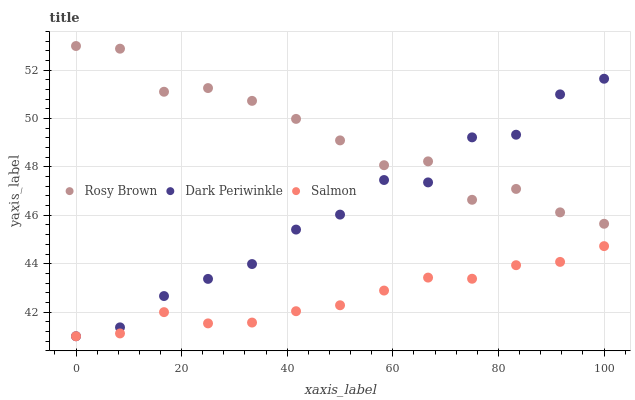
| xaxis_label | Rosy Brown | Dark Periwinkle | Salmon |
 | --- | --- | --- | --- |
 | 0 | 53 | 41 | 41 |
 | 8.33 | 52.9 | 41.4 | 41.1 |
 | 16.7 | 51.1 | 42.7 | 42 |
 | 25 | 51.3 | 43.4 | 41.5 |
 | 33.3 | 50.7 | 44 | 41.6 |
 | 41.7 | 50 | 45.4 | 42 |
 | 50 | 49.1 | 46 | 42.3 |
 | 58.3 | 48.1 | 47.5 | 42.9 |
 | 66.7 | 48.2 | 47.4 | 43.4 |
 | 75 | 46.6 | 49.2 | 43.4 |
 | 83.3 | 47.1 | 49.3 | 43.9 |
 | 91.7 | 46.1 | 51 | 44.1 |
 | 100 | 45.7 | 51.6 | 44.7 |